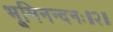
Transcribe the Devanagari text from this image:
भूमिनन्दनः॥२॥